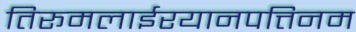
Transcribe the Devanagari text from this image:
तिरूमलाईरयानपत्तिनम